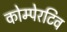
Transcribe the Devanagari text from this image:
कोम्पेरटिव